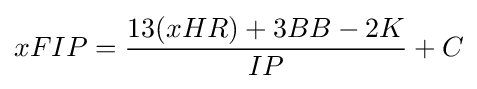
xFIP={\frac {13(xHR)+3BB-2K}{IP}}+C